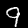
Digit: 9